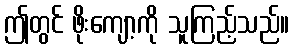
ဤတွင် ဖိုးကျော့ကို သူကြည့်သည်။